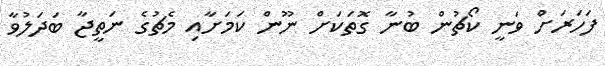
ފަހަރަށް ވަނީ ކޯޗުން ބުނާ ގޮތަކަށް ނޫން ކަމަށާއި މެޗުގެ ނަތީޖާ ބަދަލުވާ